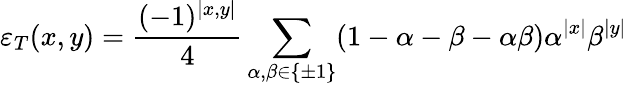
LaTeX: \varepsilon_{T}(x,y)=\frac{(-1)^{\left|x,y\right|}}{4}\sum_{\alpha,\beta\in\left\{ \pm 1\right\} }(1-\alpha-\beta-\alpha\beta)\alpha^{\left|x\right|}\beta^{\left|y\right|}